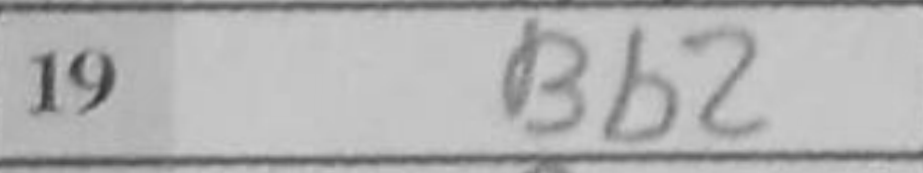
Transcription: Bb2